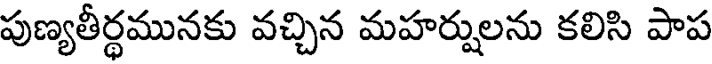
పుణ్యతీర్థమునకు వచ్చిన మహర్షులను కలిసి పాప